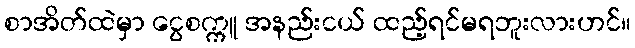
စာအိတ်ထဲမှာ ငွေစက္ကူ အနည်းငယ် ထည့်ရင်မရဘူးလားဟင်။